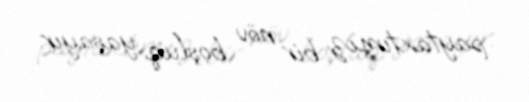
paytaxtımız bir növ boşluq yaşayır.